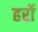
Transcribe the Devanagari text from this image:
हर्रो